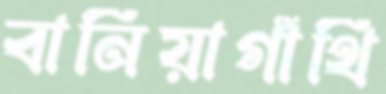
বানিয়াগাঁথি